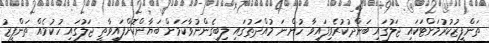
ތަންފީޒުކުރުމަށްޓަކައި ޖަލުގައި ބަންދުކުރެވިފައިވާ ހުންނަ މުއްދަތުގައި ލިބިގެންނުވާކަމަށް ބަޔާންކޮށްފައިވާތީ ޖަލުގައި ހުކުމެއް ތަންފީޒު